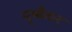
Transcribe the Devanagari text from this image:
मुम्बैकर